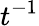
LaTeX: t^{-1}